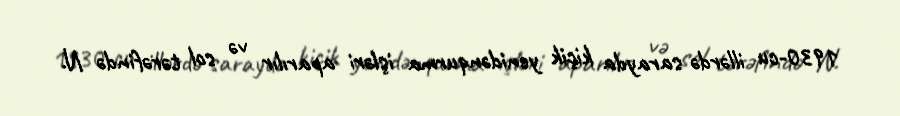
1930-cu illərdə sarayda kiçik yenidənqurma işləri aparılır və sol tərəfində N.